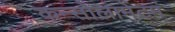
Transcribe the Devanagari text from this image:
कन्सोलामेंटम